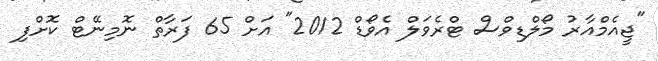
"ޖީއެމްއާރު މޯލްޑިވްސް ޓްރެވަލް އެވޯޑް 2012" އަށް 65 ފަރާތް ނޮމިނޭޓް ކޮށްފި